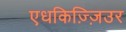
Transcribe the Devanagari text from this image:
एधकिज़्ज़िउर